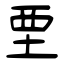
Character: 垔